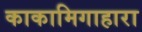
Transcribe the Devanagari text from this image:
काकामिगाहारा